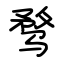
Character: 骛